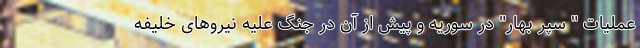
عملیات " سپر بهار" در سوریه و پیش از آن در جنگ علیه نیروهای خلیفه